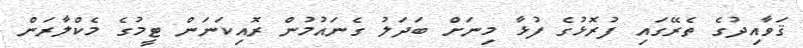
ޤަވާއިދުގެ ތެރޭގައި ފުރޮޅުގެ ފުޅާ މިނަށް ބަދަލު ގެނައުމުން ރޮއިކަނަން ޓީމުގެ މެކްލާރަން